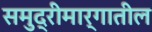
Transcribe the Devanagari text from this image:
समुद्रीमार्गातील